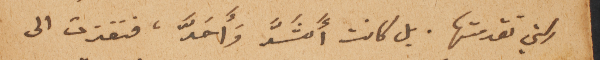
التي تقدمتها. بل كانت أَشَدَّ وَأَحَدَّ، فنفذت الى